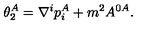
\theta _ { 2 } ^ { A } = \nabla ^ { i } p _ { i } ^ { A } + m ^ { 2 } A ^ { 0 A } .